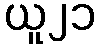
ယူ၂၁